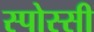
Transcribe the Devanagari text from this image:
स्पोस्सी